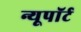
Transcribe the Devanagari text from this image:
न्यूपाॅर्ट